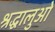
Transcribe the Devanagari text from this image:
श्रद्धालुओ